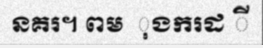
នគរ។ ពម  ុងករដ ី